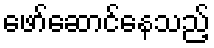
ဖော်ဆောင်နေသည့်